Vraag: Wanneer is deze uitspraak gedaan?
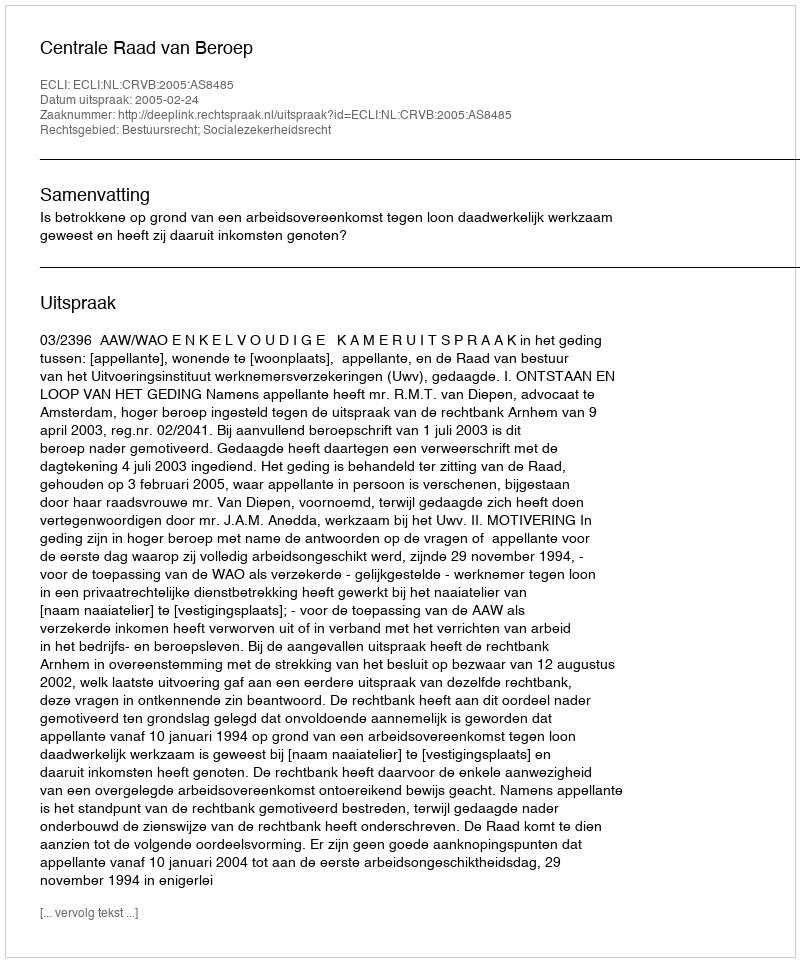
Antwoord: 2005-02-24